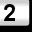
Digit: 2